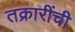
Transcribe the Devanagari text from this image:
तक्रारींची